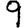
Digit: 9